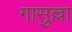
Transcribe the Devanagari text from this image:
गासुल्ला